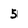
Character: 5